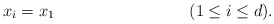
\begin{align*} x_i &= x_1 && (1 \leq i \leq d). \end{align*}